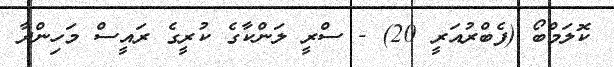
ކޮލަމްބޯ (ފެބްރުއަރީ 20) - ސްރީ ލަންކާގެ ކުރީގެ ރައީސް މަހިންދާ